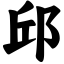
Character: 邱